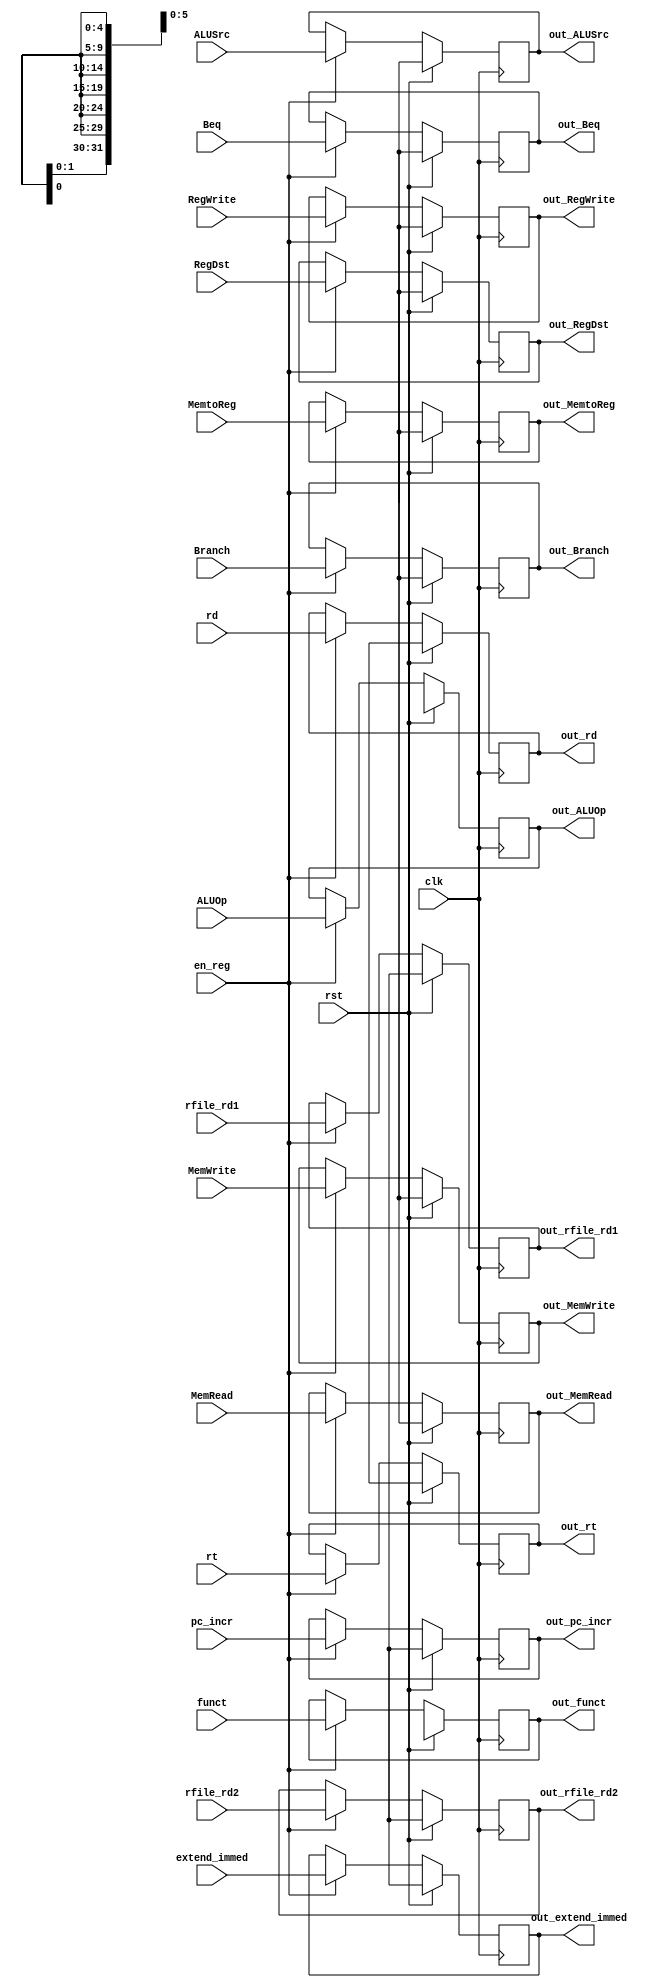
/*
	Title: 32-Bit Register with Synchronous Reset
	Editor: Selene (Computer System and Architecture Lab, ICE, CYCU)
	
	Input Port
		1. clk
		2. rst: mT
		3. en_reg: sO_igJ
		4. d_in: gJs
	Output Port
		1. d_out: s
*/
module reg_id( clk, rst, en_reg, RegDst, ALUSrc, MemtoReg, RegWrite, 
			   MemRead, MemWrite, Branch, ALUOp, Beq, pc_incr, rfile_rd1,
               rfile_rd2, extend_immed, rt, rd, funct,
			   out_RegDst, out_ALUSrc, out_MemtoReg,
			   out_RegWrite, out_MemRead, out_MemWrite, out_Branch, 
			   out_ALUOp, out_Beq, out_pc_incr, out_rfile_rd1,
               out_rfile_rd2, out_extend_immed, out_rt, out_rd , out_funct ) ;
  input clk, rst, en_reg ;
  input RegDst, ALUSrc, MemtoReg, RegWrite, MemRead, MemWrite, Branch, Beq;
  input [1:0] ALUOp;
  input [31:0] pc_incr, rfile_rd1, rfile_rd2, extend_immed ;
  input [4:0] rt, rd ;
  input [5:0] funct ;
  
  output out_RegDst, out_ALUSrc, out_MemtoReg, out_RegWrite, out_MemRead, out_MemWrite,  out_Branch, out_Beq;
  output [1:0] out_ALUOp;
  output [31:0] out_pc_incr, out_rfile_rd1, out_rfile_rd2, out_extend_immed ;
  output [4:0]  out_rt, out_rd ;
  output [5:0] out_funct ;
  
  reg out_RegDst, out_ALUSrc, out_MemtoReg, out_RegWrite, out_MemRead, out_MemWrite,  out_Branch, out_Beq;
  reg [1:0] out_ALUOp;
  reg [31:0] out_pc_incr, out_rfile_rd1, out_rfile_rd2, out_extend_immed ;
  reg [4:0]  out_rt, out_rd ;
  reg [5:0] out_funct ;
  
  always @( posedge clk ) begin
        if ( rst ) begin
			out_RegDst <= 1'bx ;
			out_ALUSrc <= 1'bx ; 
			out_MemtoReg <= 1'bx ;  
			out_RegWrite <= 1'bx ;  
			out_MemRead <= 1'bx ; 
			out_MemWrite <= 1'bx ;  
			out_Branch <= 1'bx ; 
			out_Beq <= 1'bx ; 
			out_ALUOp  <= 2'bx ; 
			out_pc_incr  <= 32'bx ; 
			out_rfile_rd1  <= 32'bx ; 
			out_rfile_rd2  <= 32'bx ;  
			out_extend_immed <= 32'bx ;  
			out_rt <= 5'bx ; 
			out_rd <= 5'bx ; 
			out_funct <= 6'bx ;
		end
        else if ( en_reg ) begin
			out_RegDst <= RegDst ;
			out_ALUSrc <= ALUSrc ; 
			out_MemtoReg <= MemtoReg ;  
			out_RegWrite <= RegWrite ;  
			out_MemRead <= MemRead ; 
			out_MemWrite <= MemWrite ;  
			out_Branch <= Branch ; 
			out_Beq <= Beq ; 
			out_ALUOp  <= ALUOp ; 
			out_pc_incr  <= pc_incr ; 
			out_rfile_rd1  <= rfile_rd1 ; 
			out_rfile_rd2  <= rfile_rd2 ;  
			out_extend_immed <= extend_immed ;  
			out_rt <= rt; 
			out_rd <= rd ;
            out_funct <=  funct;			
		end
    end

endmodule